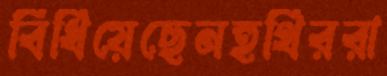
বিঁধিয়েছেনহুথিররা